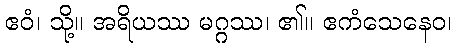
ဧဝံ၊ သို့။ အရိယဿ မဂ္ဂဿ၊ ၏။ ဧကံသေနေဝ၊